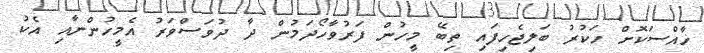
ޚާއްސަކޮށް ހަކުރު ބަލިޖެހިފައި ތިބޭ މީހުން ފަރުވާހޯދަމުން ދާ ދުވަސްވަރު އެމީހުންނާއި އެކު